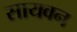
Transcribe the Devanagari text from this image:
सायवन